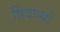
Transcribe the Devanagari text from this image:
प्रिदाप्यो